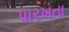
પારખતા